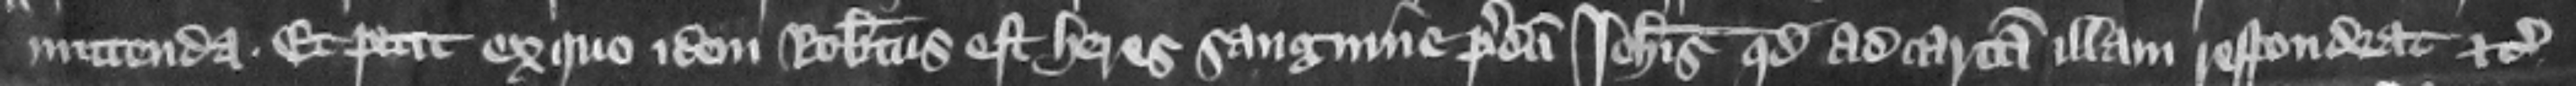
mittenda. Et petit ex quo idem Robertus est heres sanguine predicti Iohannis quod ad cartam illam respondeat etc.